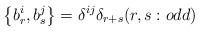
LaTeX: \begin{align*}\left\{b_{r}^{i}, b_{s}^{j}\right\}=\delta^{ij}\delta_{r+s} (r, s:odd )\end{align*}